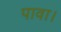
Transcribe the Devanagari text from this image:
पावा।